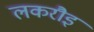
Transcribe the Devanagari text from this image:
लकरौइ